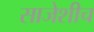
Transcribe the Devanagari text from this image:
साजेशीच